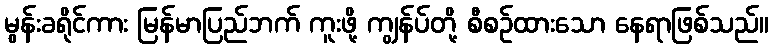
မွန်းခရိုင်ကား မြန်မာပြည်ဘက် ကူးဖို့ ကျွန်ပ်တို့ စီစဉ်ထားသော နေရာဖြစ်သည်။